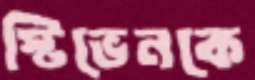
স্টিভেনকে